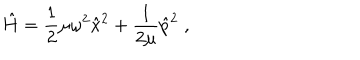
\hat { H } = \frac { 1 } { 2 } \mu \omega ^ { 2 } \hat { x } ^ { 2 } + \frac { 1 } { 2 \mu } \hat { p } ^ { 2 } \; ,